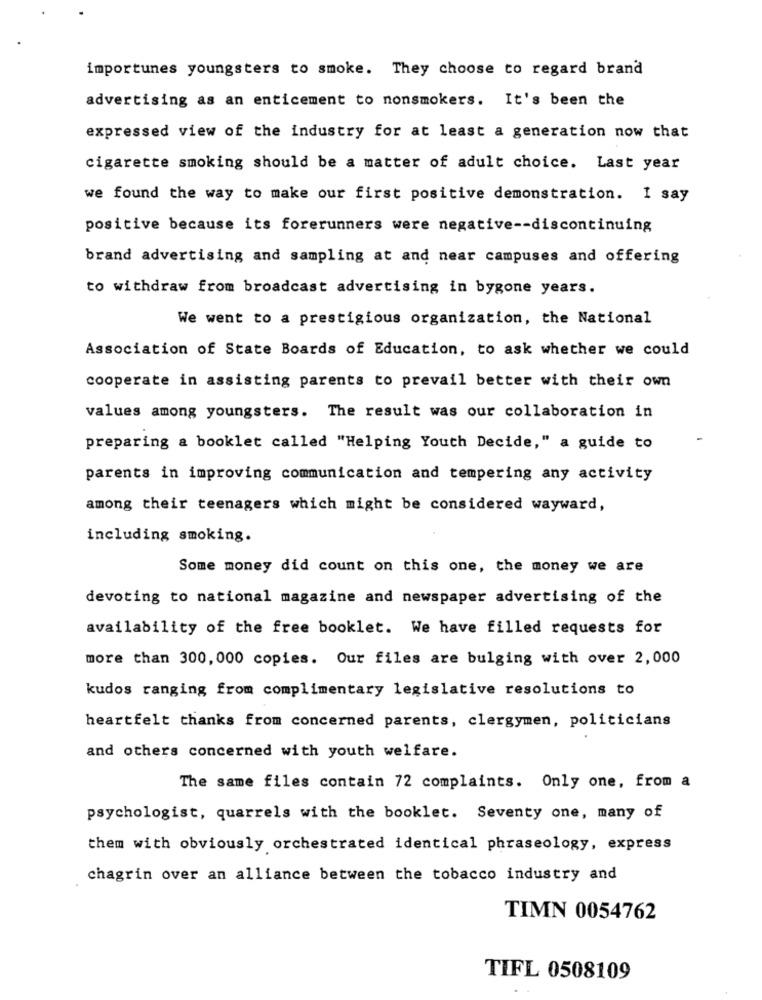
importunes youngsters to smoke. They choose to regard brand
advertising as an enticement to nonsmokers. It's been the
expressed view of the industry for at least a generation now that
cigarette smoking should be a matter of adult choice. Last year
we found the way to make our first positive demonstration. I say
positive because its forerunners were negative -- discontinuing
brand advertising and sampling at and near campuses and offering
to withdraw from broadcast advertising in bygone years.
We went to a prestigious organization, the National
Association of State Boards of Education, to ask whether we could
cooperate in assisting parents to prevail better with their own
values among youngsters. The result was our collaboration in
preparing a booklet called "Helping Youth Decide," a guide to
parents in improving communication and tempering any activity
among their teenagers which might be considered wayward,
including smoking.
Some money did count on this one, the money we are
devoting to national magazine and newspaper advertising of the
availability of the free booklet. We have filled requests for
more than 300, 000 copies. Our files are bulging with over 2,000
kudos ranging from complimentary legislative resolutions to
heartfelt thanks from concerned parents, clergymen, politicians
and others concerned with youth welfare.
The same files contain 72 complaints. Only one, from a
psychologist, quarrels with the booklet. Seventy one, many of
them with obviously orchestrated identical phraseology, express
chagrin over an alliance between the tobacco industry and
TIMN 0054762
TIFL 0508109